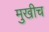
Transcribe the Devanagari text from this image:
मुखीच